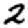
Digit: 2